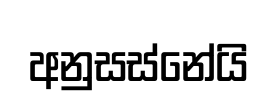
අනුසස්නේයි